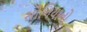
સોનિયાનો